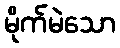
မိုက်မဲသော